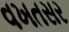
વખતસર